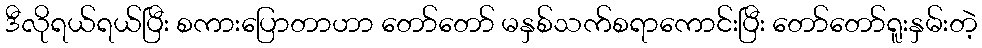
ဒီလိုရယ်ရယ်ပြီး စကားပြောတာဟာ တော်တော် မနှစ်သက်စရာကောင်းပြီး တော်တော်ရူးနှမ်းတဲ့